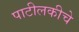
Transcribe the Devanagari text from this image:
पाटीलकीचे